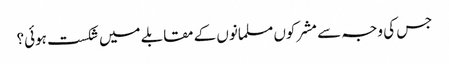
جس کی وجہ سے مشرکوں مسلمانوں کے مقابلے میں شکست ہوئی؟